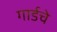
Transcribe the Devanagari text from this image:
गार्डचे